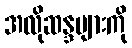
အလိုဆန္ဒများကို